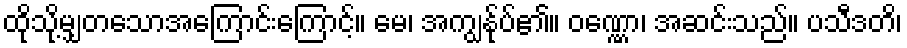
ထိုသို့မျှတသောအကြောင်းကြောင့်။ မေ၊ အကျွန်ုပ်၏။ ဝဏ္ဏော၊ အဆင်းသည်။ ပသီဒတိ၊